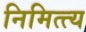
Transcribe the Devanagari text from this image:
निमित्त्य